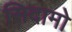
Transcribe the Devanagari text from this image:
सिदामो